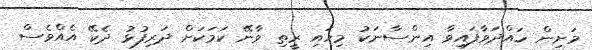
މަށިން ހައްދަވާފައިވާ އިންސާނަކު މިހައި ރީތި ވާނޭ ކަމަކަށް ދަރިފުޅު ދެކޭ އެއްވެސް